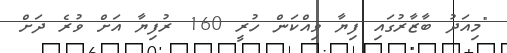
"މިއަދު ބާޒާރުގައި ފިޔާ ވިއްކަން ހުރީ 160 ރުފިޔާ އަށް ވުރެ ދަށް